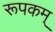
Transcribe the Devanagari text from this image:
रूपकम्